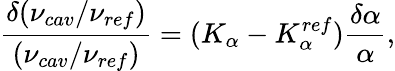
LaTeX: \frac{\delta(\nu_{cav}/\nu_{ref})}{(\nu_{cav}/\nu_{ref})}=(K_{\alpha}-K_{\alpha}^{ref})\frac{\delta\alpha}{\alpha},